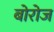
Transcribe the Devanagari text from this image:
बोरोज